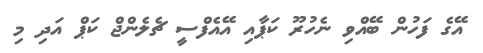
އޭގެ ފަހުން ބޭއްވި ނެހުރޫ ކަޕާއި އޭއެފްސީ ޗެލެންޖް ކަޕް އަދި މި